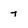
Character: 7